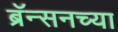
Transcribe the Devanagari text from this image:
ब्रॅन्सनच्या